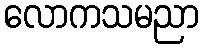
လောကသမညာ